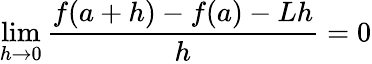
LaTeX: \operatorname*{lim}_{h\to 0}{\frac{f(a+h)-f(a)-Lh}{h}}=0